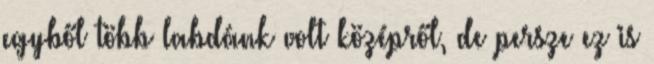
egyből több labdánk volt középről, de persze ez is